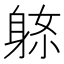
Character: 𨈼